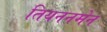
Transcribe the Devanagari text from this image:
तियननमेन